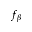
f _ { \beta }